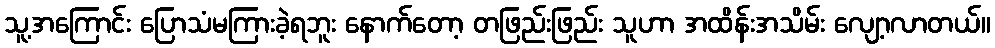
သူ့အကြောင်း ပြောသံမကြားခဲ့ရဘူး နောက်တော့ တဖြည်းဖြည်း သူဟာ အထိန်းအသိမ်း လျော့လာတယ်။